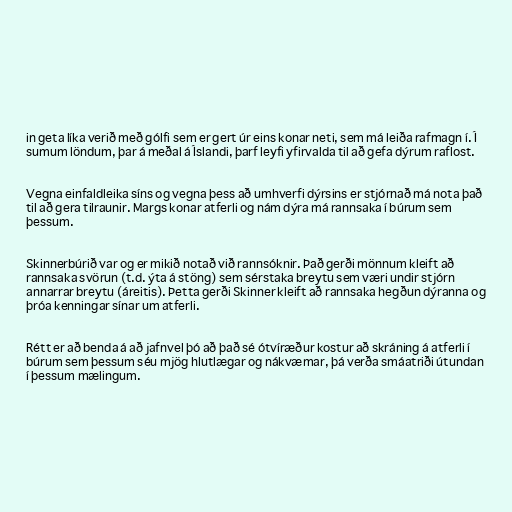
in geta líka verið með gólfi sem er gert úr eins konar neti, sem má leiða rafmagn í. Í
sumum löndum, þar á meðal á Íslandi, þarf leyfi yfirvalda til að gefa dýrum raflost.

Vegna einfaldleika síns og vegna þess að umhverfi dýrsins er stjórnað má nota það
til að gera tilraunir. Margs konar atferli og nám dýra má rannsaka í búrum sem
þessum.

Skinnerbúrið var og er mikið notað við rannsóknir. Það gerði mönnum kleift að
rannsaka svörun (t.d. ýta á stöng) sem sérstaka breytu sem væri undir stjórn
annarrar breytu (áreitis). Þetta gerði Skinner kleift að rannsaka hegðun dýranna og
þróa kenningar sínar um atferli.

Rétt er að benda á að jafnvel þó að það sé ótvíræður kostur að skráning á atferli í
búrum sem þessum séu mjög hlutlægar og nákvæmar, þá verða smáatriði útundan
í þessum mælingum.